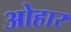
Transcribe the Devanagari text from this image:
ओहार